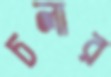
চলার